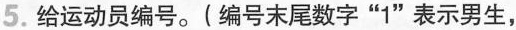
5.给运动员编号。(编号末尾数字”1”表示男生，